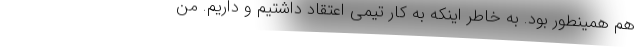
هم همینطور بود. به خاطر اینکه به کار تیمی اعتقاد داشتیم و داریم. من